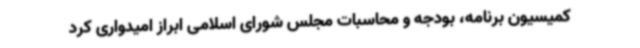
کمیسیون برنامه، بودجه و محاسبات مجلس شورای اسلامی ابراز امیدواری کرد